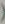
(